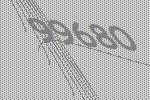
99680